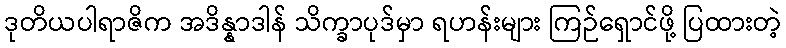
ဒုတိယပါရာဇိက အဒိန္နာဒါန် သိက္ခာပုဒ်မှာ ရဟန်းများ ကြဉ်ရှောင်ဖို့ ပြထားတဲ့